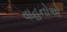
વાહનોએ